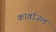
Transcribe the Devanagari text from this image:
कार्बाजल